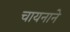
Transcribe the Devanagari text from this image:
चायनाने